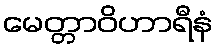
မေတ္တာဝိဟာရီနံ